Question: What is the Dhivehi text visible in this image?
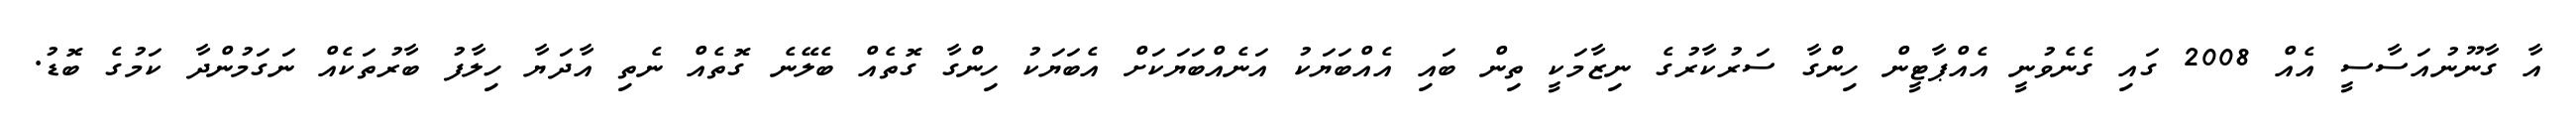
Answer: އާ ގާނޫނުއަސާސީ އެއް 2008 ގައި ގެނެވުނީ އެއްޕާޓީން ހިންގާ ސަރުކާރުގެ ނިޒާމަކީ ތިން ބައި އެއްބަޔަކު އަނެއްބަޔަކަށް އެބަޔަކު ހިންގާ ގޮތެއް ބެލޭނެ ގޮތެއް ނެތި އާދަޔާ ހިލާފު ބާރުތަކެއް ނަގަމުންދާ ކަމުގެ ބޮޑު.